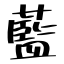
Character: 藍